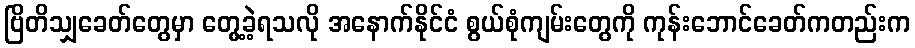
ဗြိတိသျှခေတ်တွေမှာ တွေ့ခဲ့ရသလို အနောက်နိုင်ငံ စွယ်စုံကျမ်းတွေကို ကုန်းဘောင်ခေတ်ကတည်းက